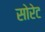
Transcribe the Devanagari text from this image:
सोरेट